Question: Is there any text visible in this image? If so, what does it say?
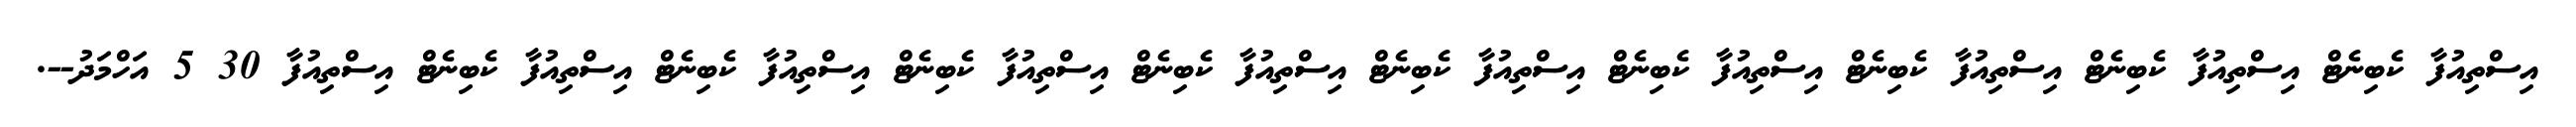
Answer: އިސްތިއުފާ ކެބިނެޓް އިސްތިއުފާ ކެބިނެޓް އިސްތިއުފާ ކެބިނެޓް އިސްތިއުފާ ކެބިނެޓް އިސްތިއުފާ ކެބިނެޓް އިސްތިއުފާ ކެބިނެޓް އިސްތިއުފާ ކެބިނެޓް އިސްތިއުފާ ކެބިނެޓް އިސްތިއުފާ ކެބިނެޓް އިސްތިއުފާ 30 5 އަހްމަދު--.